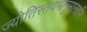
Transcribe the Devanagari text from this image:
ज्योतिस्तवभानुमानहनि